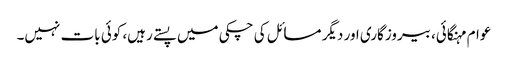
عوام مہنگائی، بیروزگاری اور دیگر مسائل کی چکی میں پستے رہیں، کوئی بات نہیں۔